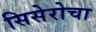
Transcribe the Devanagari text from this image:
सिसेरोचा